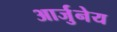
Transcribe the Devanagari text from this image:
आर्जुनेय